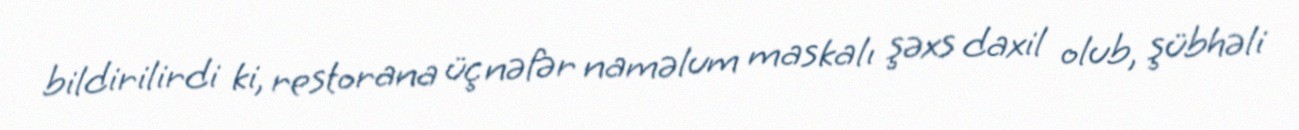
bildirilirdi ki, restorana üç nəfər naməlum maskalı şəxs daxil olub, şübhəli